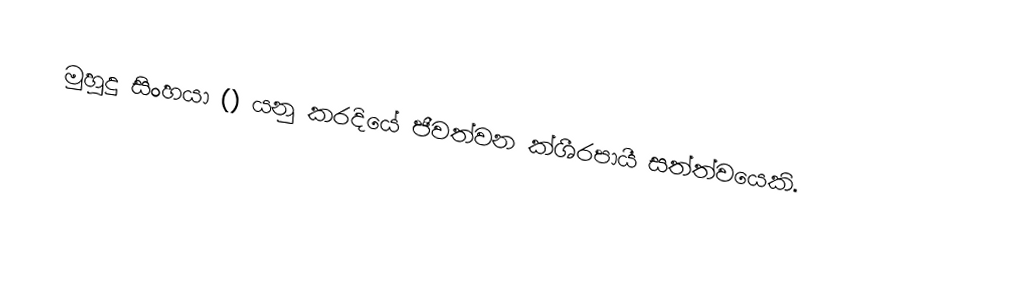
මුහුදු සිංහයා () යනු කරදියේ ජීවත්වන ක්ශීරපායී සත්ත්වයෙකි.